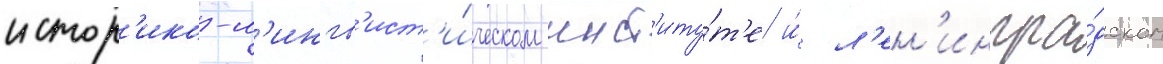
истор'ико-л'ингв'ист'и́ческом инст'иту́т'е и́ л'ен'ингра́дском